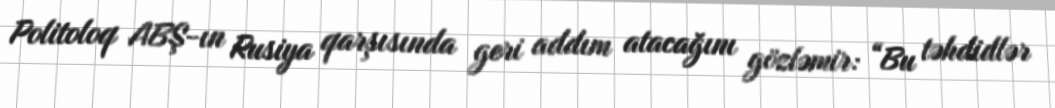
Politoloq ABŞ-ın Rusiya qarşısında geri addım atacağını gözləmir: “Bu təhdidlər